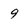
Character: 9